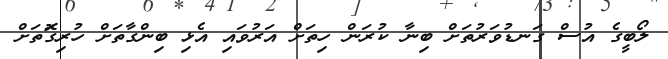
ލޯބީގެ އުސް ގަނޑުވަރުތަށް ބިނާ ކުރަން ހިތަށް އަރުވައި އެޅި ބިންގާތަށް ހުރިގޮަތަށް